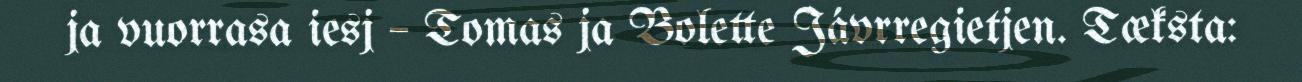
ja vuorrasa iesj – Tomas ja Bolette Jávrregietjen. Tæksta: